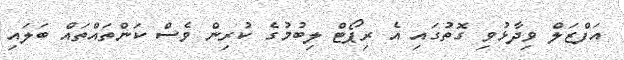
އަފްޒަލް ވިދާޅުވި ގޮތުގައި އެ ރިޕޯޓް ލިބުމުގެ ކުރިން ވެސް ކަންތައްތައް ބަލައި